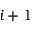
i + 1